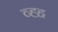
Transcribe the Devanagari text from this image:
व्ह्ह